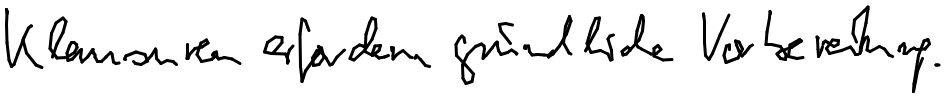
Klausuren erfordern gründliche Vorbereitung.